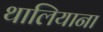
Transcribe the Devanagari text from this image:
थालियाना